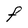
Character: F